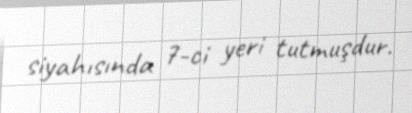
siyahısında 7-ci yeri tutmuşdur.